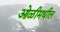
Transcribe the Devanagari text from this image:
ओळीमधील